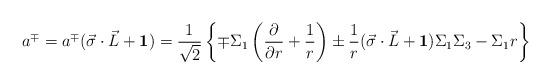
LaTeX: \begin{align*}a^{\mp} = a^{\mp}(\vec \sigma \cdot \vec L + {\bf 1}) =\frac{1}{\sqrt {2}} \left\{\mp \Sigma_1 \left(\frac{\partial}{\partial r} +\frac{1}{r}\right) \pm \frac{1}{r}(\vec \sigma \cdot \vec L + {\bf 1})\Sigma_1 \Sigma_3 - \Sigma_1 r \right\}\end{align*}